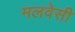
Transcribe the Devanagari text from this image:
मलवेसी